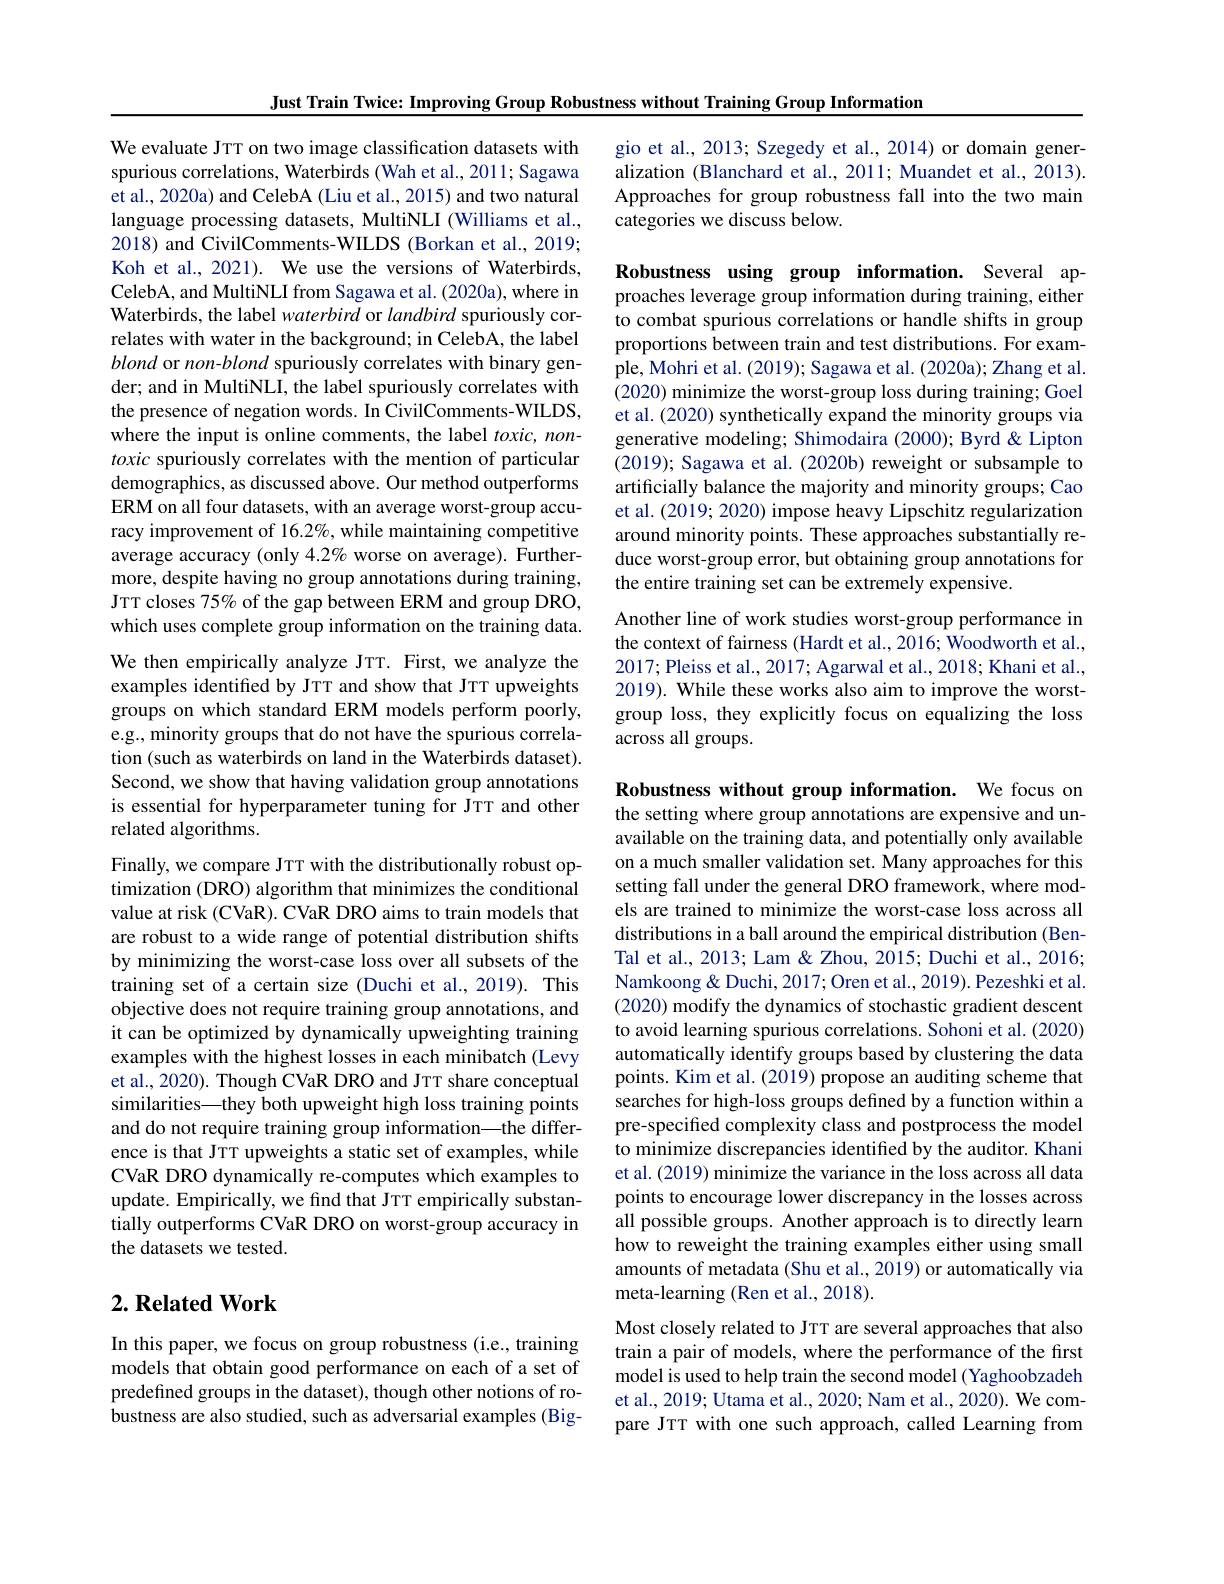
Just Train Twice: Improving Group Robustness without Training Group Information

gio et al., 2013; Szegedy et al., 2014) or domain generalization (Blanchard et al., 2011; Muandet et al., 2013). Approaches for group robustness fall into the two main categories we discuss below.

Robustness using group information. Several approaches leverage group information during training, either to combat spurious correlations or handle shifts in group proportions between train and test distributions. For example, Mohri et al. (2019); Sagawa et al. (2020a); Zhang et al. (2020) minimize the worst-group loss during training; Goel et al. (2020) synthetically expand the minority groups via generative modeling; Shimodaira (2000); Byrd & Lipton (2019); Sagawa et al. (2020b) reweight or subsample to artificially balance the majority and minority groups; Cao et al. (2019; 2020) impose heavy Lipschitz regularization around minority points. These approaches substantially reduce worst-group error, but obtaining group annotations for the entire training set can be extremely expensive.

Another line of work studies worst-group performance in the context of fairness (Hardt et al., 2016; Woodworth et al., 2017;Pleiss et al., 2017; Agarwal et al., 2018; Khani et al., 2019). While these works also aim to improve the worstgroup loss, they explicitly focus on equalizing the loss across all groups.

We evaluate JTT on two image classification datasets with spurious correlations, Waterbirds (Wah et al., 2011; Sagawa et al., 2020a) and CelebA (Liu et al., 2015) and two natural language processing datasets, MultiNLI (Williams et al., 2018) and CivilComments-WILDS (Borkan et al., 2019; Koh et al., 2021). We use the versions of Waterbirds, CelebA, and MultiNLI from Sagawa et al. (2020a), where in Waterbirds, the label waterbird or landbird spuriously correlates with water in the background; in CelebA, the label blond or non-blond spuriously correlates with binary gender; and in MultiNLI, the label spuriously correlates with the presence of negation words. In CivilComments-WILDS, where the input is online comments, the label $toxic,non-$ toxic spuriously correlates with the mention of particular demographics, as discussed above. Our method outperforms ERM on all four datasets, with an average worst-group accuracy improvement of 16.2%, while maintaining competitive average accuracy (only $4.2\%$ worse on average). Furthermore, despite having no group annotations during training, JTT closes 75% of the gap between ERM and group DRO, which uses complete group information on the training data. We then empirically analyze JTT. First, we analyze the examples identified by JTT and show that JTT upweights groups on which standard ERM models perform poorly, e.g., minority groups that do not have the spurious correlation (such as waterbirds on land in the Waterbirds dataset). Second, we show that having validation group annotations is essential for hyperparameter tuning for JTT and other related algorithms.
Finally, we compare JTT with the distributionally robust optimization (DRO) algorithm that minimizes the conditional value at risk (CVaR). CVaR DRO aims to train models that are robust to a wide range of potential distribution shifts by minimizing the worst-case loss over all subsets of the training set of a certain size (Duchi et al., 2019). This objective does not require training group annotations, and it can be optimized by dynamically upweighting training examples with the highest losses in each minibatch (Levy et al., 2020). Though CVaR DRO and JTT share conceptual similarities—they both upweight high loss training points and do not require training group information—the difference is that JTT upweights a static set of examples, while CVaR DRO dynamically re-computes which examples to update. Empirically, we find that JTT empirically substantially outperforms CVaR DRO on worst-group accuracy in the datasets we tested.

## $2. \textbf{Related Work}$

In this paper, we focus on group robustness (i.e., training models that obtain good performance on each of a set of predefined groups in the dataset), though other notions of robustness are also studied, such as adversarial examples (Big-

Robustness without group information. We focus on the setting where group annotations are expensive and unavailable on the training data, and potentially only available on a much smaller validation set. Many approaches for this setting fall under the general DRO framework, where models are trained to minimize the worst-case loss across all distributions in a ball around the empirical distribution (BenTal et al., 2013; Lam & Zhou, 2015; Duchi et al., 2016; Namkoong& Duchi, 2017; Oren et al., 2019). Pezeshki et al. (2020) modify the dynamics of stochastic gradient descent to avoid learning spurious correlations. Sohoni et al. (2020) automatically identify groups based by clustering the data points. Kim et al. (2019) propose an auditing scheme that searches for high-loss groups defined by a function within a pre-specified complexity class and postprocess the model to minimize discrepancies identified by the auditor. Khani et al. (2019) minimize the variance in the loss across all data points to encourage lower discrepancy in the losses across all possible groups. Another approach is to directly learn how to reweight the training examples either using small amounts of metadata (Shu et al., 2019) or automatically via meta-learning (Ren et al., 2018).
Most closely related to JTT are several approaches that also train a pair of models, where the performance of the first

model is used to help train the second model ( Yaghoobzadeh et al., 2019; Utama et al., 2020; Nam et al., 2020). We compare JTT with one such approach, called Learning from